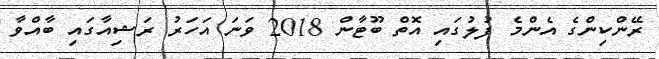
ރޭންކިންގެ އެންމެ ފުލުގައި އޮތް ބޫޓާން 2018 ވަނަ އަހަރު ރަޝިއާގައި ބާއްވާ